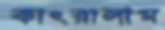
কাৎরালাম